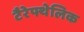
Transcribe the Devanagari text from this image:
टैरेफ्थेलिक